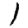
Digit: 1